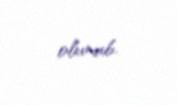
olunub.